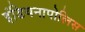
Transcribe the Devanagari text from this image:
इंडियनापोलिस